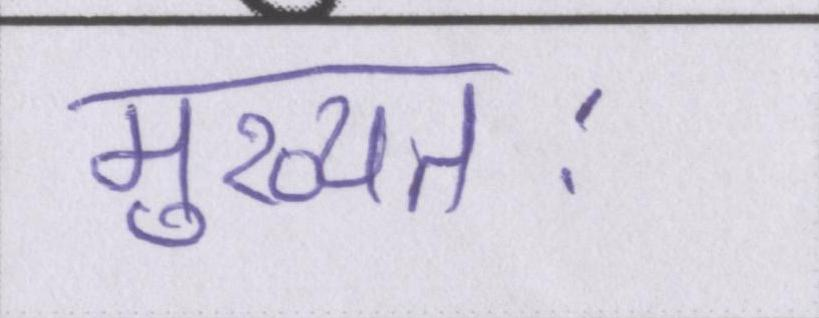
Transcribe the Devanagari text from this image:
मुख्यतः